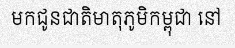
មកជូនជាតិមាតុភូមិកម្ពុជា នៅ